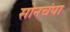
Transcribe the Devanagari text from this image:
सोनचंपा